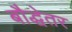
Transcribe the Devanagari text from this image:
बौद्धेतर